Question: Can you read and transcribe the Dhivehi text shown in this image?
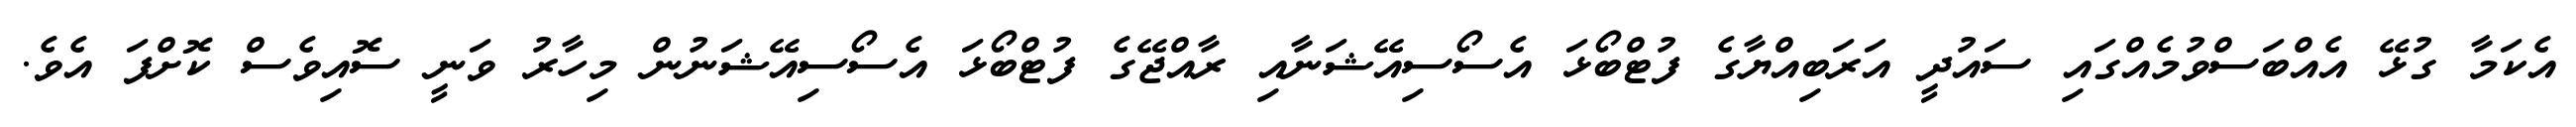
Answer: އެކަމާ ގުޅޭ އެއްބަސްވުމެއްގައި ސައުދީ އަރަބިއްޔާގެ ފުޓްބޯޅަ އެސޯސިއޭޝަނާއި ރާއްޖޭގެ ފުޓްބޯޅަ އެސޯސިއޭޝަނުން މިހާރު ވަނީ ސޮއިވެސް ކޮށްފަ އެވެ.